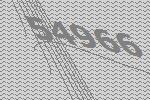
54966